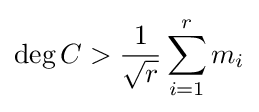
\deg C>{\frac {1}{\sqrt {r}}}\sum _{i=1}^{r}m_{i}